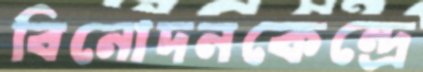
বিনোদনকেন্দ্রে